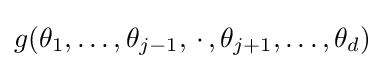
g(\theta _{1},\ldots ,\theta _{j-1},\,\cdot \,,\theta _{j+1},\ldots ,\theta _{d})